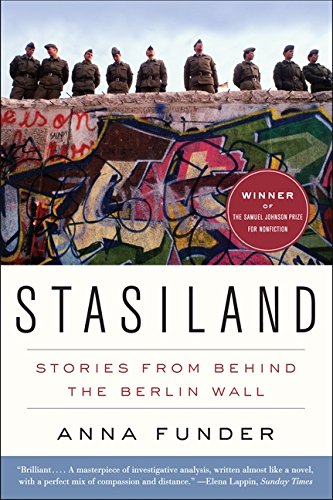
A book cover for Stasiland: Stories from Behind the Berlin Wall; Anna Funder; History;